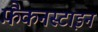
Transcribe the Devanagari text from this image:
फ़ैंकनस्टाइन